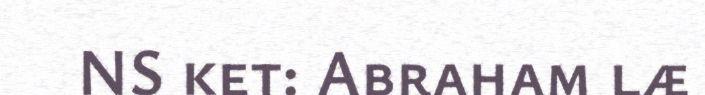
NS ket: Abraham læ